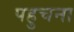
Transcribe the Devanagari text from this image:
पहुचना